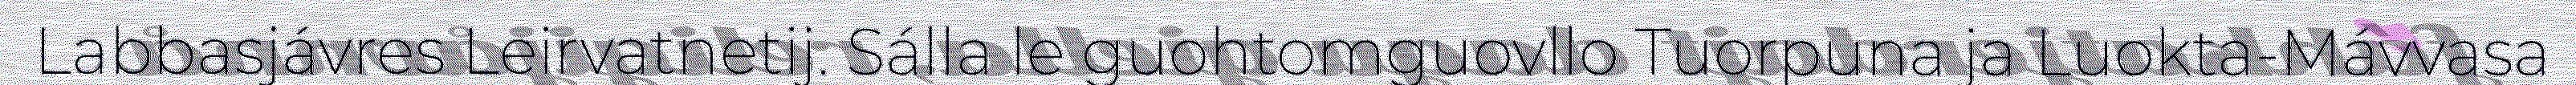
Labbasjávres Leirvatnetij. Sálla le guohtomguovllo Tuorpuna ja Luokta-Mávvasa